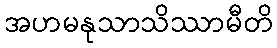
အဟမနုသာသိဿာမီတိ